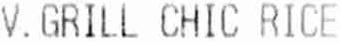
V. GRILL CHIC RICE